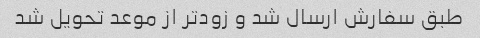
طبق سفارش ارسال شد و زودتر از موعد تحویل شد